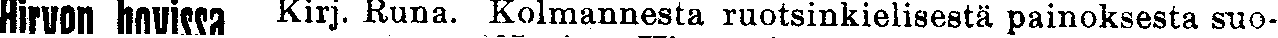
Hircon hovissa Kirj. Runa. Kolmannesta ruotsinkielisestä painoksesta suo-